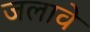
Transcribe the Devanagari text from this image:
जलावे